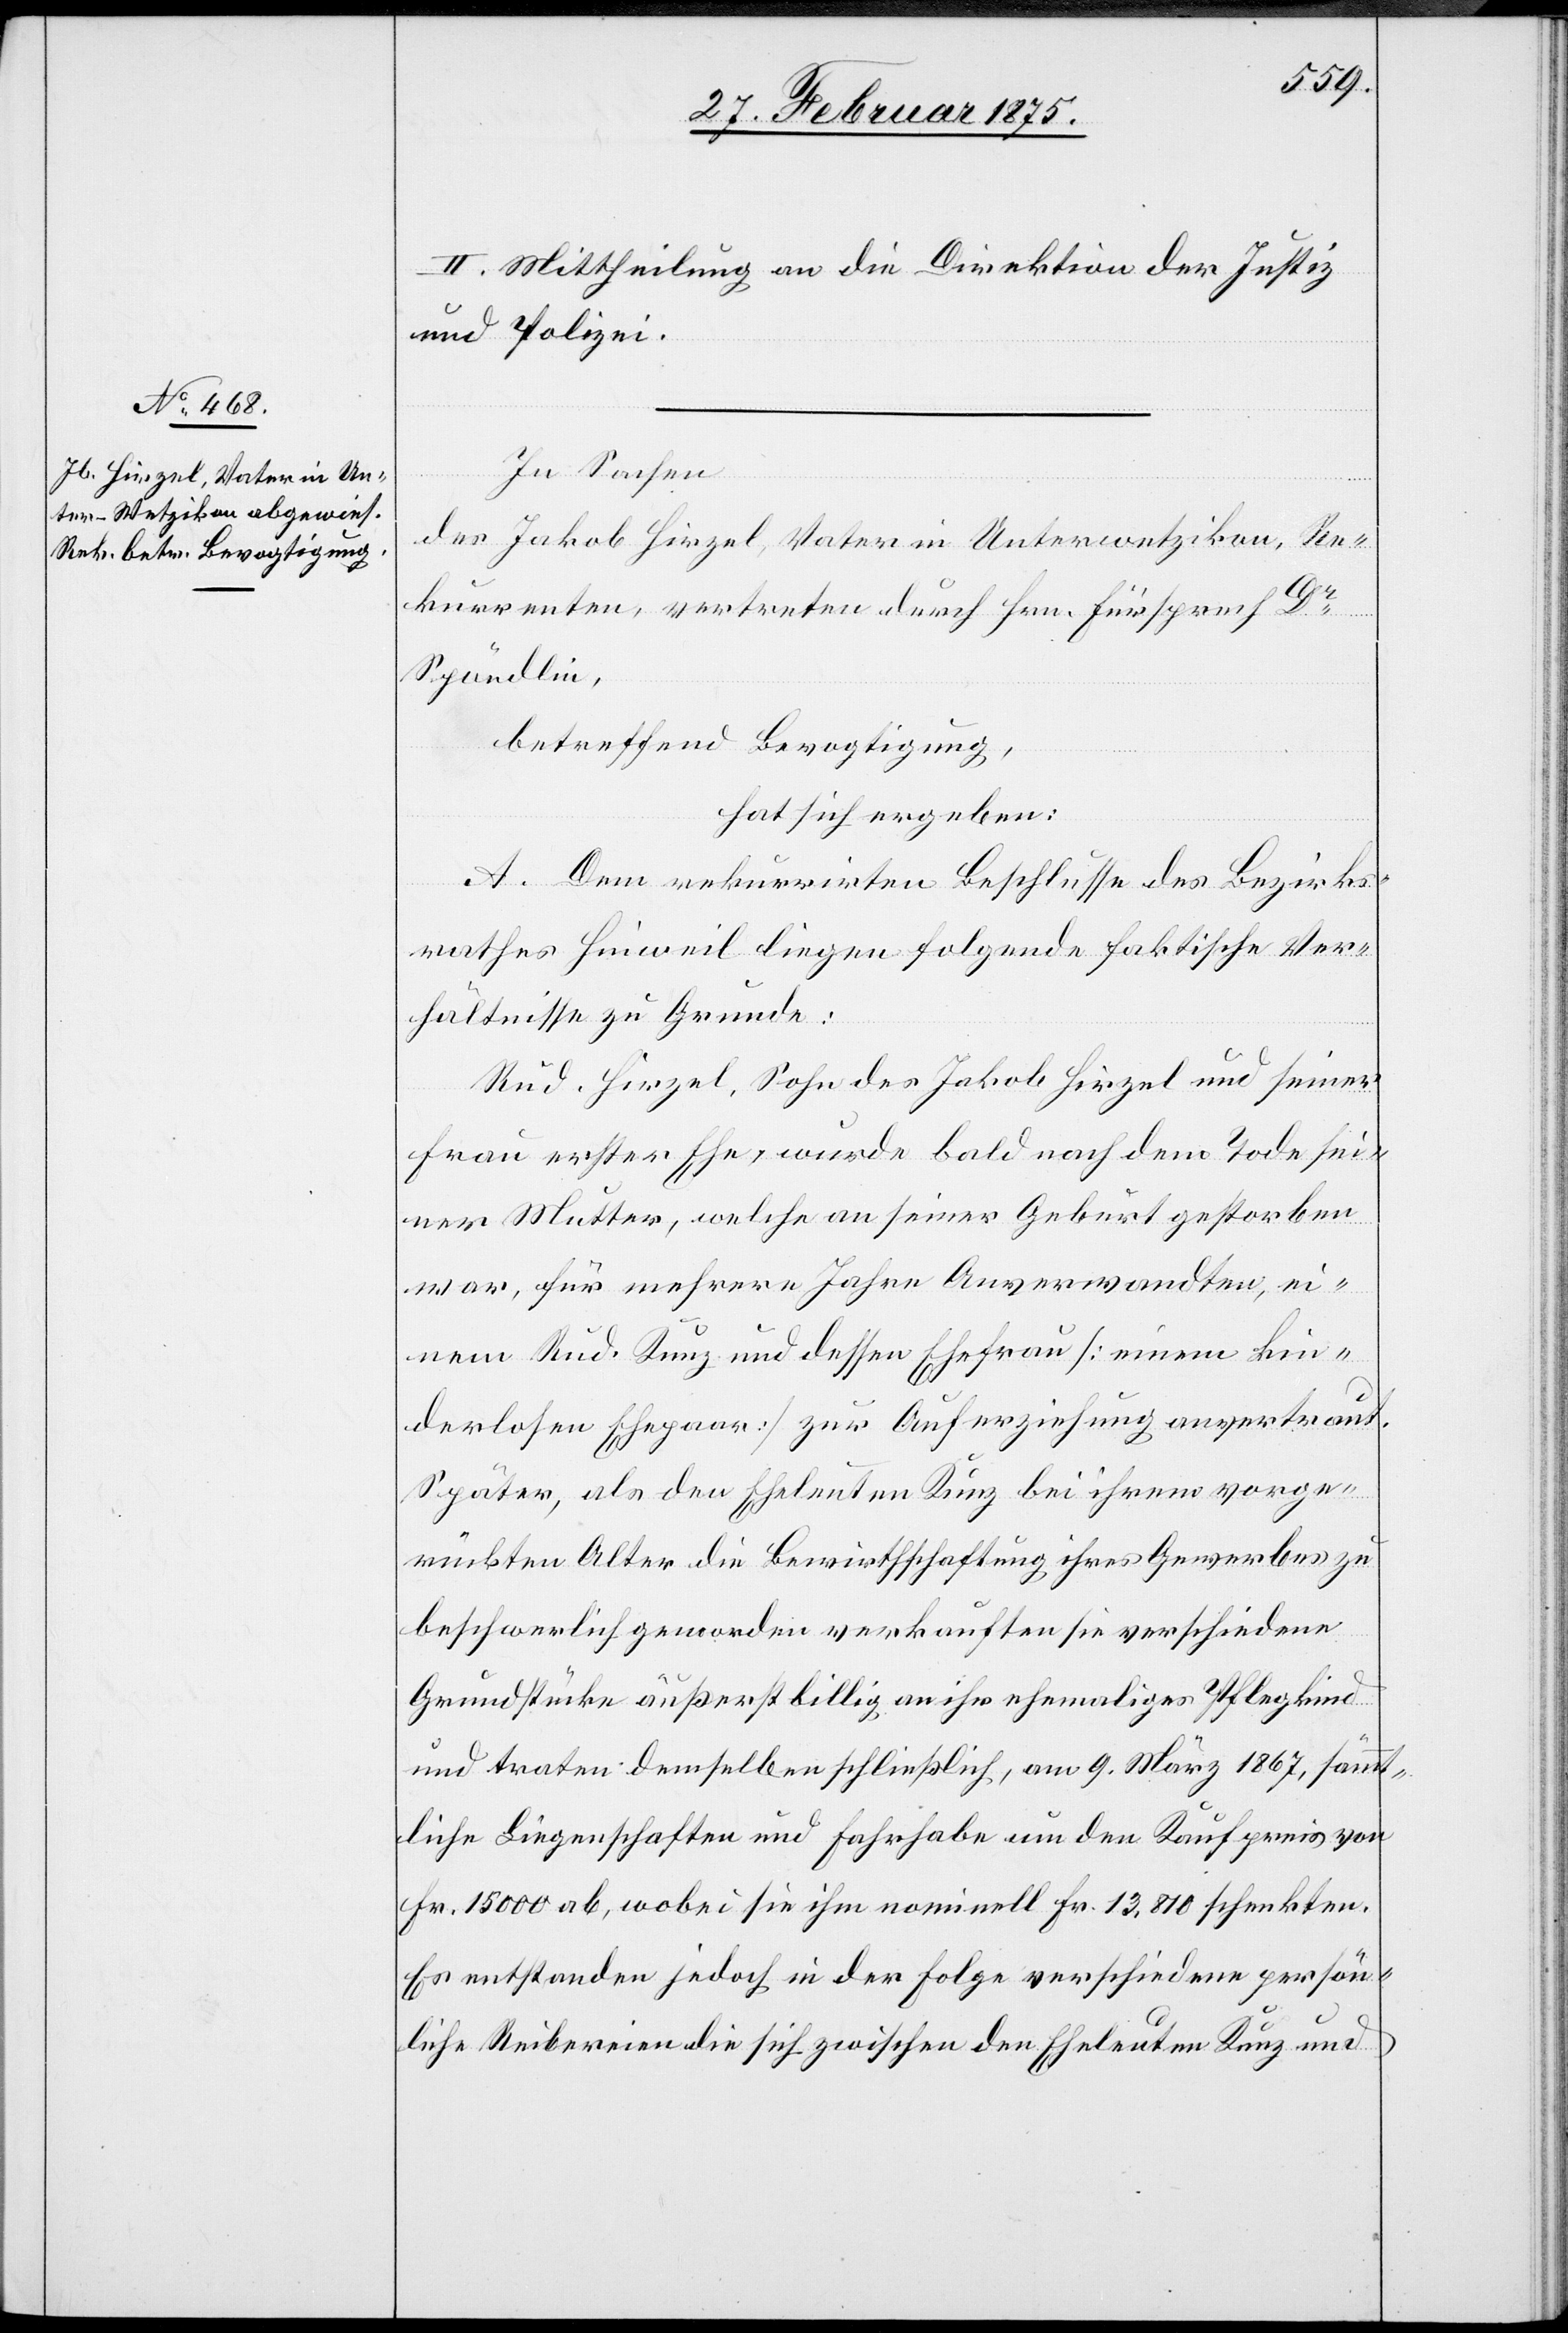
II. Mittheilung an die Direktion der Justiz
und Polizei.
In Sachen
des Jakob Hirzel, Vater in Unterwetzikon, Re¬
kurrenten, vertreten durch Hrn. Fürsprech Dr
Spöndlin,
betreffend Bevogtigung,
hat sich ergeben:
A. Dem rekurrirten Beschlusse des Bezirks¬
rathes Hinweil liegen folgende faktische Ver¬
hältnisse zu Grunde:
Rud. Hirzel, Sohn des Jakob Hirzel und seiner
Frau erster Ehe, wurde bald nach dem Tode sei¬
ner Mutter, welche an seiner Geburt gestorben
ist, für mehrere Jahre Anverwandten, ei¬
nem Rud. Kunz und dessen Ehefrau (einem kin¬
derlosen Ehepaar) zur Auferziehung anvertraut.
Später, als den Eheleuten Kunz bei ihrem vorge¬
rückten Alter die Bewirthschaftung ihres Gewerbes zu
beschwerlich geworden verkauften sie verschiedene
Grundstücke äußerst billig an ihr ehemaliges Pflegekind
und tragen demselben schließlich, am 9. März 1867, sämmt¬
liche Liegenschaften und Fahrhabe um den Kaufpreis von
Fr. 15 000 ab, wobei sie ihm nominell Fr. 13,810 schenkten.
Es entstanden jedoch in der Folge verschiedene persön¬
liche Reibereien die sich zwischen den Eheleuten Kunz und